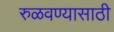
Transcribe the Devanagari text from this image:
रुळवण्यासाठी